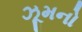
ઝૂમનો